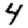
Digit: 4